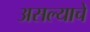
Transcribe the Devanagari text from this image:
असल्‍याचे